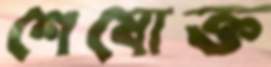
শেষোক্ত